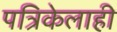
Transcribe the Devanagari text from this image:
पत्रिकेलाही